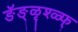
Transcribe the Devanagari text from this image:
ङॅङ्ळृश्ळ्फ्